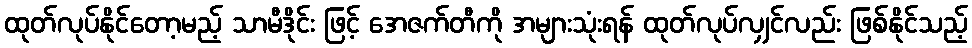
ထုတ်လုပ်နိုင်တော့မည့် သာမီဒိုင်း ဖြင့် အေဇက်တီကို အများသုံးရန် ထုတ်လုပ်လျှင်လည်း ဖြစ်နိုင်သည့်